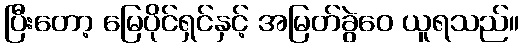
ပြီးတော့ မြေပိုင်ရှင်နှင့် အမြတ်ခွဲဝေ ယူရသည်။